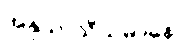
အနုသာသီယမာနော